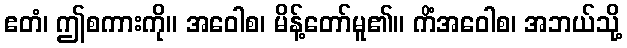
ဧတံ၊ ဤစကားကို။ အဝေါစ၊ မိန့်တော်မူ၏။ ကိံအဝေါစ၊ အဘယ်သို့